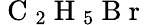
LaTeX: \mathrm{~C~}_{2}\mathrm{~H~}_{5}\mathrm{~B~r~}